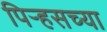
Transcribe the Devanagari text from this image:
पिर्‍हसच्या